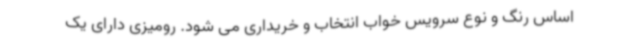
اساس رنگ و نوع سرویس خواب انتخاب و خریداری می شود. رومیزی دارای یک